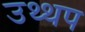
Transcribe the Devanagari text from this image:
उथ्थप